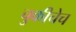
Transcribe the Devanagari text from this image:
चुकीचेच